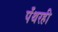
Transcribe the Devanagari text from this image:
पँथरही